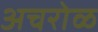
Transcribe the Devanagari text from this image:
अचरोळ